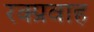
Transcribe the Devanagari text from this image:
रक्प्रवाह